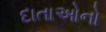
દાતાઓનો